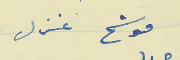
موشح غزل